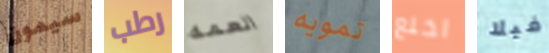
سيمون رطب العمه تمويه اخلع فيلا